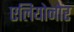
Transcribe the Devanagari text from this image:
एलियोनोर